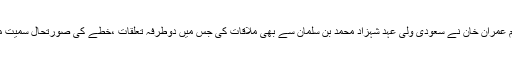
اپنے دورے کے دوران وزیراعظم عمران خان نے سعودی ولی عہد شہزاد محمد بن سلمان سے بھی ملاقات کی جس میں دوطرفہ تعلقات ،خطے کی صورتحال سمیت مختلف امور پر تبادلہ خیال کیا گیا۔